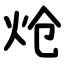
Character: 炝